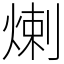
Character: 𤊶